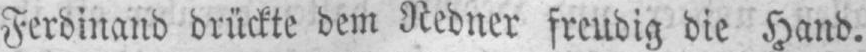
Ferdinand drückte dem Redner freudig die Hand.